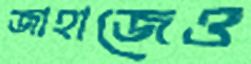
জাহাজেও